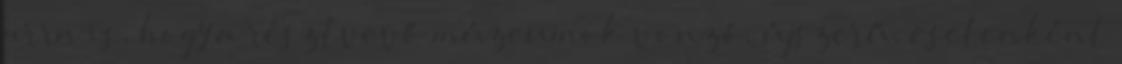
arra is, hogy a résztvevő múzeumok vonzó, újszerű, esetenként